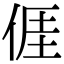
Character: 𠊎